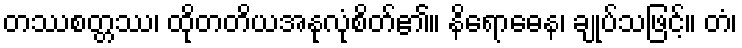
တဿစတ္တဿ၊ ထိုတတိယအနုလုံစိတ်၏။ နိရောဓေန၊ ချုပ်သဖြင့်။ တံ၊